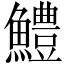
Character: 鱧